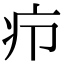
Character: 疖